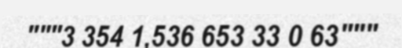
"""3 354 1,536 653 33 0 63"""